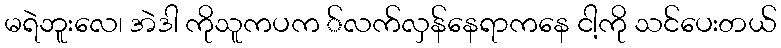
မရဲဘူးလေ၊ အဲဒါ ကိုသူကပက ်လက်လှန်နေရာကနေ ငါ့ကို သင်ပေးတယ်